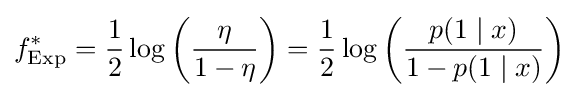
f_{\text{Exp}}^{*}={\frac {1}{2}}\log \left({\frac {\eta }{1-\eta }}\right)={\frac {1}{2}}\log \left({\frac {p(1\mid x)}{1-p(1\mid x)}}\right)